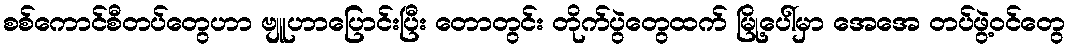
စစ်ကောင်စီတပ်တွေဟာ ဗျူဟာပြောင်းပြီး တောတွင်း တိုက်ပွဲတွေထက် မြို့ပေါ်မှာ အေအေ တပ်ဖွဲ့ဝင်တွေ